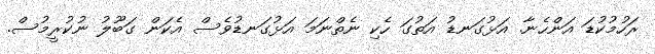
ރަހުމުކުޑަ އަންހެނާ. އަޅުގަނޑު އަތުގަ ހެކި ނެތްނަމަ އަޅުގަނޑުވެސް އެކަން ގަބޫލު ނުކުރީމުސް.